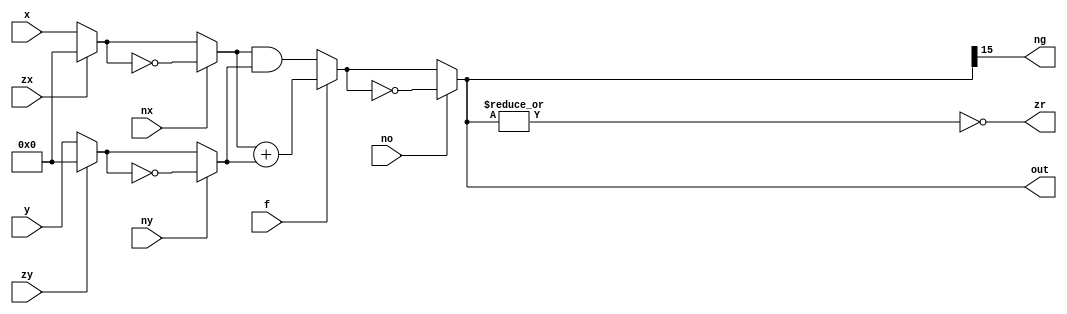
module alu(
input [15:0] x,
input [15:0] y,
input zx, // 1 means (x=0)
input nx, // 1 means (x=~x)
input zy, // 1 means (xy=0)
input ny, // 1 means (y=~y)
input f, // 1 means (f=x+y), 0 means (f=x&y)
input no, // 1 means bitwise not to output

output zr, // zero flag
output ng, // negative flag
output [15:0] out
);

wire [15:0] x0; // x after zx
wire [15:0] x1; // x after nx
wire [15:0] y0; // y after zy
wire [15:0] y1; // y after ny

wire [15:0] f0; // out after f

assign x0 = zx ? 16'b0 : x  ;
assign x1 = nx ? ~x0   : x0 ;
assign y0 = zy ? 16'b0 : y  ;
assign y1 = ny ? ~y0   : y0 ;

assign f0 = f ? (x1 + y1) : (x1 & y1);
assign out = no ? ~f0 : f0; 

assign zr = (~|out); // NOR to output to raise zero flag
assign ng = out[15]; // negative flag on MSB


endmodule